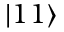
| 1 1 \rangle